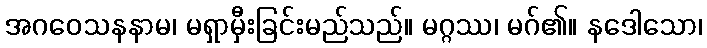
အဂဝေသနနာမ၊ မရှာမှီးခြင်းမည်သည်။ မဂ္ဂဿ၊ မဂ်၏။ နဒေါသော၊